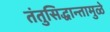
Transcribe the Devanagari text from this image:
तंतुसिद्धान्तामुळे